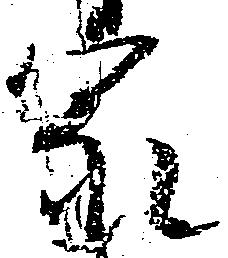
家